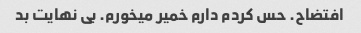
افتضاح. حس کردم دارم خمیر میخورم. بی نهایت بد